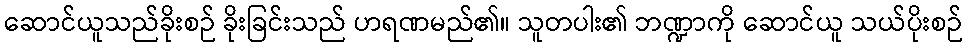
ဆောင်ယူသည်ခိုးစဉ် ခိုးခြင်းသည် ဟရဏမည်၏။ သူတပါး၏ ဘဏ္ဍာကို ဆောင်ယူ သယ်ပိုးစဉ်